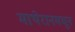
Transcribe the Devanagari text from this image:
माथेरानमधून